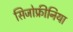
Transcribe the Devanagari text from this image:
सिजोफ्रीनिया